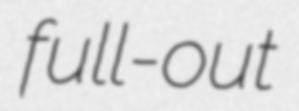
full-out